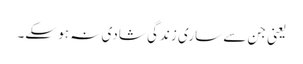
یعنی جن سے ساری زندگی شادی نہ ہو سکے۔